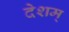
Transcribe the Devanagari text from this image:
देशम्‌